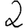
Digit: 2